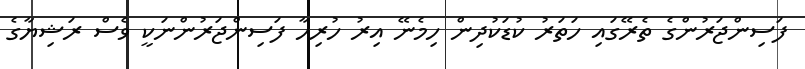
ފަސިންޖަރުންގެ ތެރޭގައި ހަތަރު ކުޑަކުދިން ހިމެނޭ އިރު ހުރިހާ ފަސިންޖަރުންނަކީ ވެސް ރަޝިޔާގެ